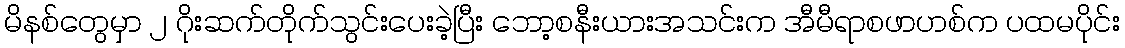
မိနစ်တွေမှာ ၂ ဂိုးဆက်တိုက်သွင်းပေးခဲ့ပြီး ဘော့စနီးယားအသင်းက အီမီရာစဖာဟစ်က ပထမပိုင်း